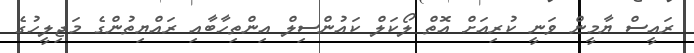
ރައީސް ޔާމީން ވަނީ ކުރިއަށް އޮތް ލޯކަލް ކައުންސިލް އިންތިހާބާއި ރައްޔިތުންގެ މަޖިލީހުގެ